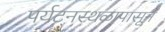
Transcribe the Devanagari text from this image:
पर्यटनस्थळापासून